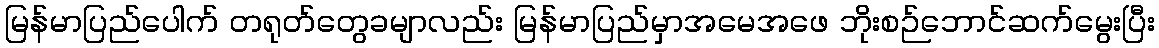
မြန်မာပြည်ပေါက် တရုတ်တွေခမျာလည်း မြန်မာပြည်မှာအမေအဖေ ဘိုးစဉ်ဘောင်ဆက်မွေးပြီး